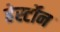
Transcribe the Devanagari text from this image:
हेर्स्टोन